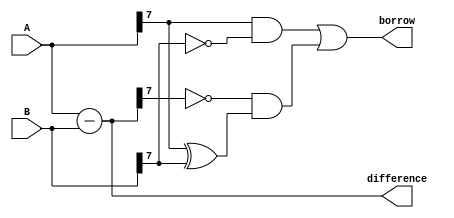
module ripple_subtractor (
    input [7:0] A,
    input [7:0] B,
    output reg [7:0] difference,
    output reg borrow
);

reg [7:0] temp;
reg [7:0] borrow_temp;

assign borrow = borrow_temp[7];

always @* begin
    temp = A - B;
    difference = temp[7:0];
    
    borrow_temp[7] = (A[7] & ~B[7]) | ((~temp[7]) & (A[7] ^ B[7]));
    borrow_temp[6:0] = borrow_temp[7] ? 1'b1 : 1'b0;
end

endmodule